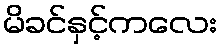
မိခင်နှင့်ကလေး